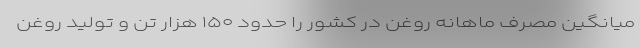
میانگین مصرف ماهانه روغن در کشور را حدود ۱۵۰ هزار تن و تولید روغن